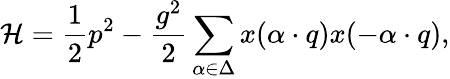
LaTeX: {\cal H}={\frac{1}{2}}p^{2}-{\frac{g^{2}}{2}}\sum_{\alpha\in\Delta}x(\alpha\cdot q)x(-\alpha\cdot q),